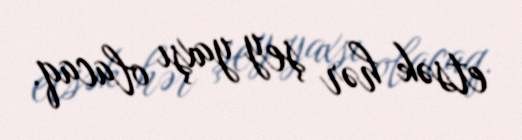
etsək hər şey yaxşı olacaq.